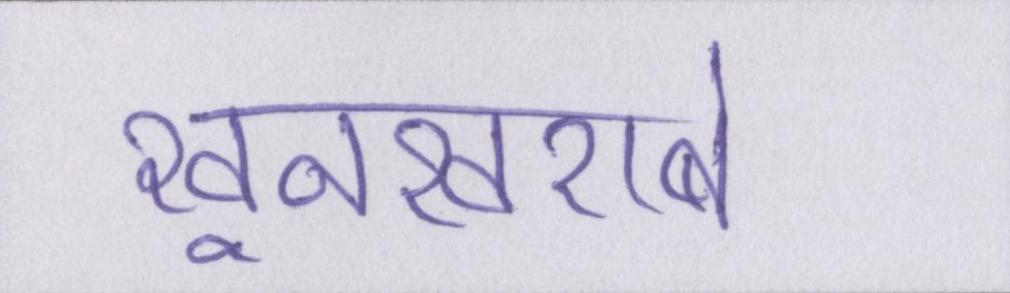
खूनखराबे